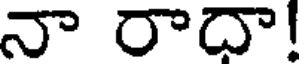
నా రాదా!